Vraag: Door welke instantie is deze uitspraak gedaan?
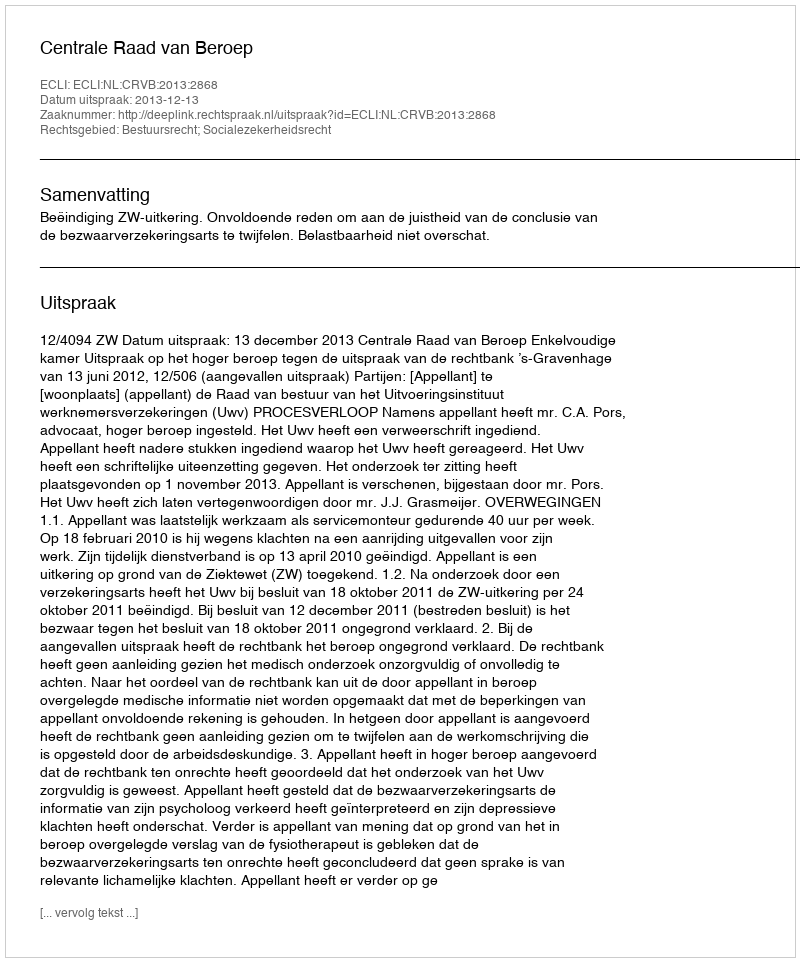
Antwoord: Centrale Raad van Beroep